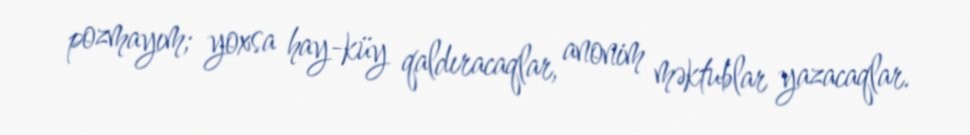
pozmayım; yoxsa hay-küy qaldıracaqlar, anonim məktublar yazacaqlar.